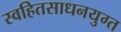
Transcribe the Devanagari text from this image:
स्वहितसाधनयुग्त